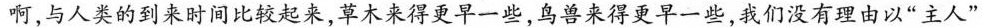
啊，与人类的到来时间比较起来，草木来得更早一些，鸟兽来得更早一些，我们没有理由以”主人”